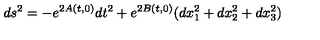
d s ^ { 2 } = - e ^ { 2 A ( t , 0 ) } d t ^ { 2 } + e ^ { 2 B ( t , 0 ) } ( d x _ { 1 } ^ { 2 } + d x _ { 2 } ^ { 2 } + d x _ { 3 } ^ { 2 } )